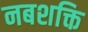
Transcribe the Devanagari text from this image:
नबशक्ति